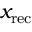
x _ { \mathrm { r e c } }